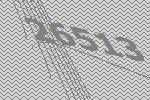
26513